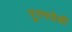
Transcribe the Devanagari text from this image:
पूरणपोळी